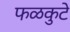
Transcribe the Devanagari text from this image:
फळकुटे